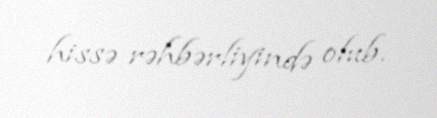
hissə rəhbərliyində olub.